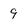
Character: 9